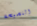
النصيحة